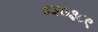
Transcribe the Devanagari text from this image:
४३७३८९